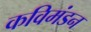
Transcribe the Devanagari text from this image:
कविमंडन